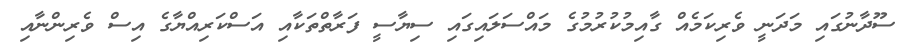
ސޫދާނުގައި މަދަނީ ވެރިކަމެއް ގާއިމުކުރުމުގެ މައްސަލައިގައި ސިޔާސީ ފަރާތްތަކާއި އަސްކަރިއްޔާގެ އިސް ވެރިންނާއި